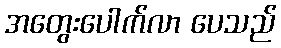
အတွေးပေါက်လာ ပေသည်